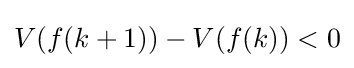
V(f(k+1))-V(f(k))<0